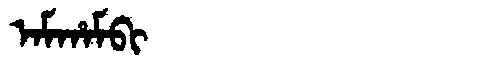
Manchu: ᠠᠮᡥᠠᠮᠪᡳ
Romanization: AMHAMBI